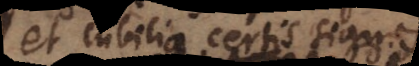
et cubilia certis signis